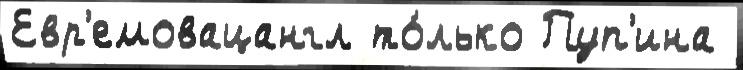
Евр'емовацангл то́лько Пуп'ина